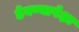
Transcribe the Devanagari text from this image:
ठेवण्यापेक्षा